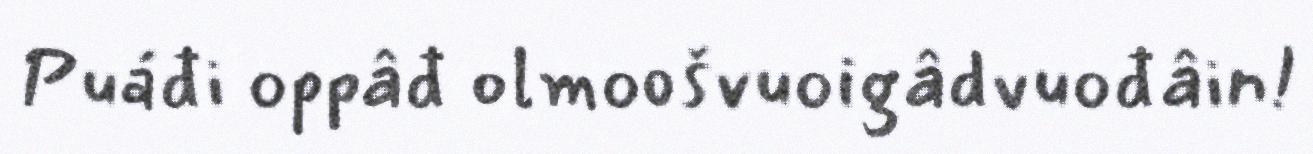
Puáđi oppâđ olmoošvuoigâdvuođâin!